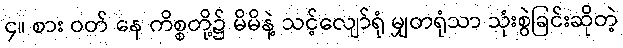
၄။ စား ဝတ် နေ ကိစ္စတို့၌ မိမိနဲ့ သင့်လျော်ရုံ မျှတရုံသာ သုံးစွဲခြင်းဆိုတဲ့